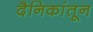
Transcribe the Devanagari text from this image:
दैनिकांतून